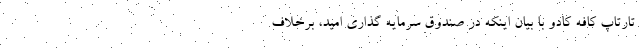
تارتاپ کافه کادو با بیان اینکه در صندوق سرمایه گذاری امید، برخلاف